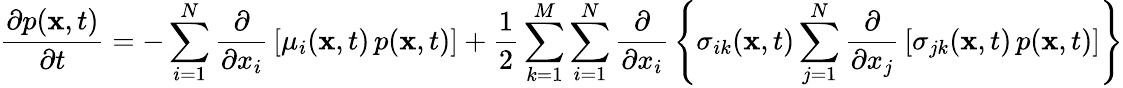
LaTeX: {\frac{\partial p(\mathbf{x},t)}{\partial t}}=-\sum_{i=1}^{N}{\frac{\partial}{\partial x_{i}}}\left[\mu_{i}(\mathbf{x},t)\, p(\mathbf{x},t)\right]+{\frac{1}{2}}\sum_{k=1}^{M}\sum_{i=1}^{N}{\frac{\partial}{\partial x_{i}}}\left\{ \sigma_{ik}(\mathbf{x},t)\sum_{j=1}^{N}{\frac{\partial}{\partial x_{j}}}\left[\sigma_{jk}(\mathbf{x},t)\, p(\mathbf{x},t)\right]\right\}